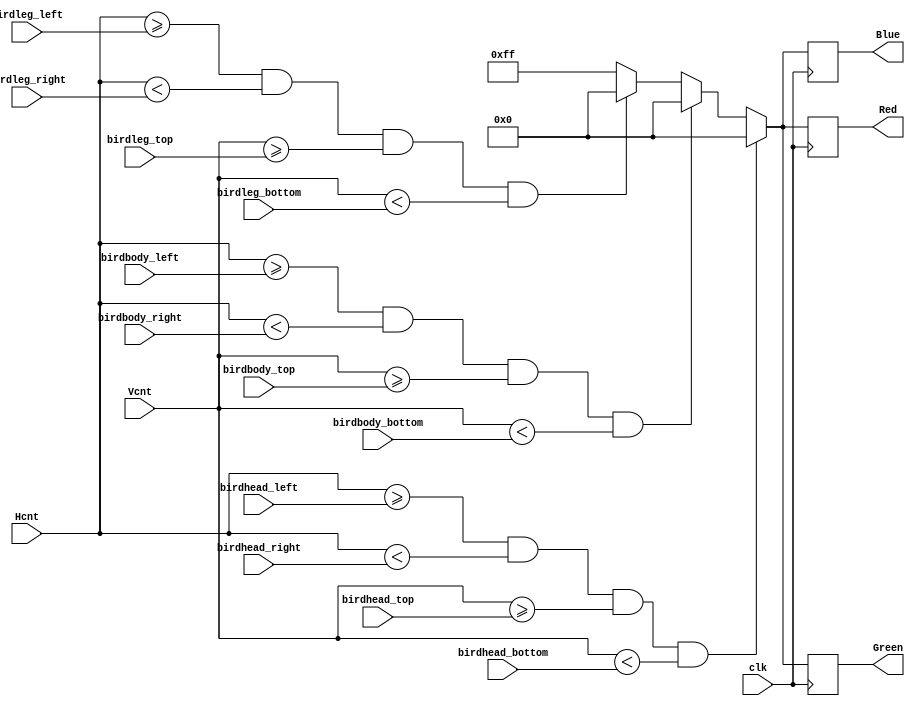
module color_assigner(
	input clk,
	input[9:0] Hcnt,
	input[9:0] Vcnt,
	input[9:0] birdhead_left, birdhead_right, birdhead_top, birdhead_bottom,
	input[9:0] birdbody_left, birdbody_right, birdbody_top, birdbody_bottom,
	input[9:0] birdleg_left, birdleg_right, birdleg_top, birdleg_bottom,
	output reg[7:0] Red,
	output reg[7:0] Green,
	output reg[7:0] Blue
);

	always@(posedge clk)
	begin
		//birdhead
		if (Hcnt >= birdhead_left && Hcnt < birdhead_right 
			&& Vcnt >= birdhead_top && Vcnt < birdhead_bottom)
		begin
			Red = 8'd0;
			Green = 8'd0;
			Blue = 8'd0;
		end
		//birdbody
		else if (Hcnt >= birdbody_left && Hcnt < birdbody_right 
			&& Vcnt >= birdbody_top && Vcnt < birdbody_bottom)
		begin
			Red = 8'd0;
			Green = 8'd0;
			Blue = 8'd0;
		end
		//birdleg
		else if (Hcnt >= birdleg_left && Hcnt < birdleg_right 
			&& Vcnt >= birdleg_top && Vcnt < birdleg_bottom)
		begin
			Red = 8'd0;
			Green = 8'd0;
			Blue = 8'd0;
		end
		//background
		else
		begin
			Red = 8'd255;
			Green = 8'd255;
			Blue = 8'd255;
		end
	end

endmodule